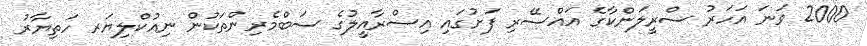
2000 ވަނަ އަހަރު ސްރީލަންކާގެ އައްސޭރި ފަށުގައި އިސްރާއީލުގެ ސަބްމެރިންތަކުން ނިއުކްލިޔަރ ހަތިޔާރު